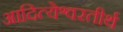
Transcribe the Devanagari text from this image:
आदित्येश्वरतीर्थ